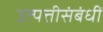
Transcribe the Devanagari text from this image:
उत्पत्तीसंबंधीं